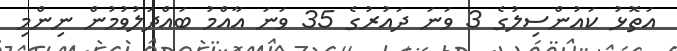
އަތޮޅު ކައުންސިލުގެ 3 ވަނަ ދައުރުގެ 35 ވަނަ އާއްމު ބައްދަލުވުމުން ނިންމި